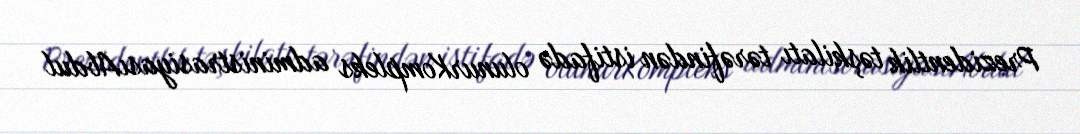
Prezidentlik təşkilatı tərəfindən istifadə olunurKompleks administrasiyasıAbdul